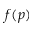
f ( p )